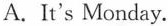
A.It's Monday.